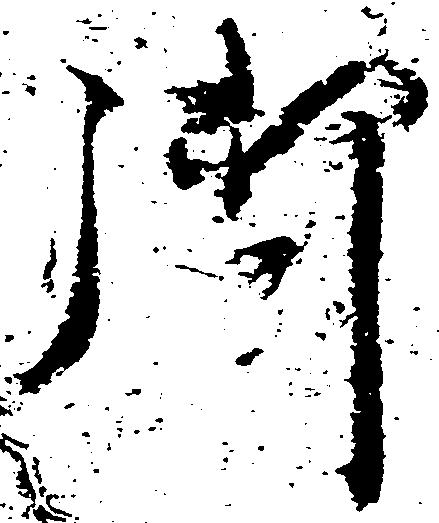
御